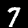
Label: 7